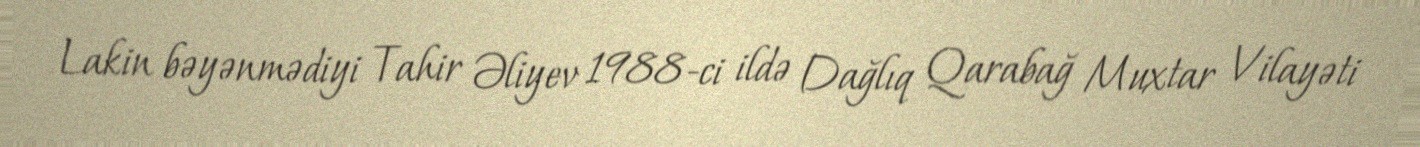
Lakin bəyənmədiyi Tahir Əliyev 1988-ci ildə Dağlıq Qarabağ Muxtar Vilayəti